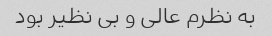
به نظرم عالی و بی نظیر بود